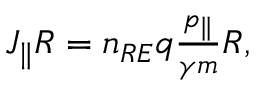
\begin{array} { r } { J _ { \| } R = n _ { R E } q \frac { p _ { \| } } { \gamma m } R , } \end{array}